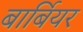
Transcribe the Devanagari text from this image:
बार्बियर